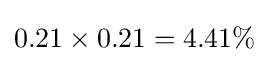
0.21\times 0.21=4.41\%